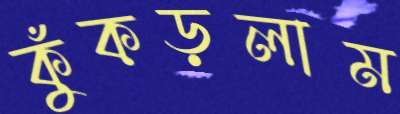
কুঁকড়লাম